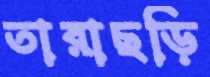
তারাছড়ি